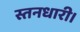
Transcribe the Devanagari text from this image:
स्तनधारी।